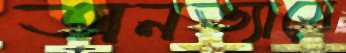
অনভ্যাসে